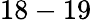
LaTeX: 18-19